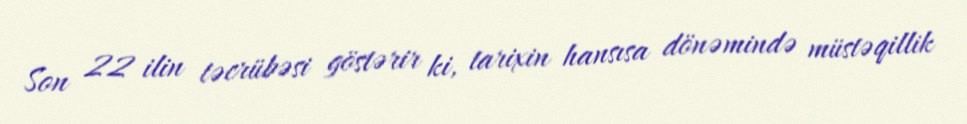
Son 22 ilin təcrübəsi göstərir ki, tarixin hansısa dönəmində müstəqillik